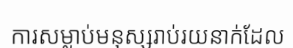
ការសម្លាប់មនុស្សរាប់រយនាក់ដែល